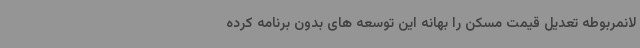
لانمربوطه تعدیل قیمت مسکن را بهانه این توسعه های بدون برنامه کرده